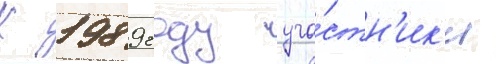
К 1989 году уча́стн'ик'и